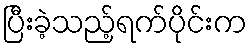
ပြီးခဲ့သည့်ရက်ပိုင်းက